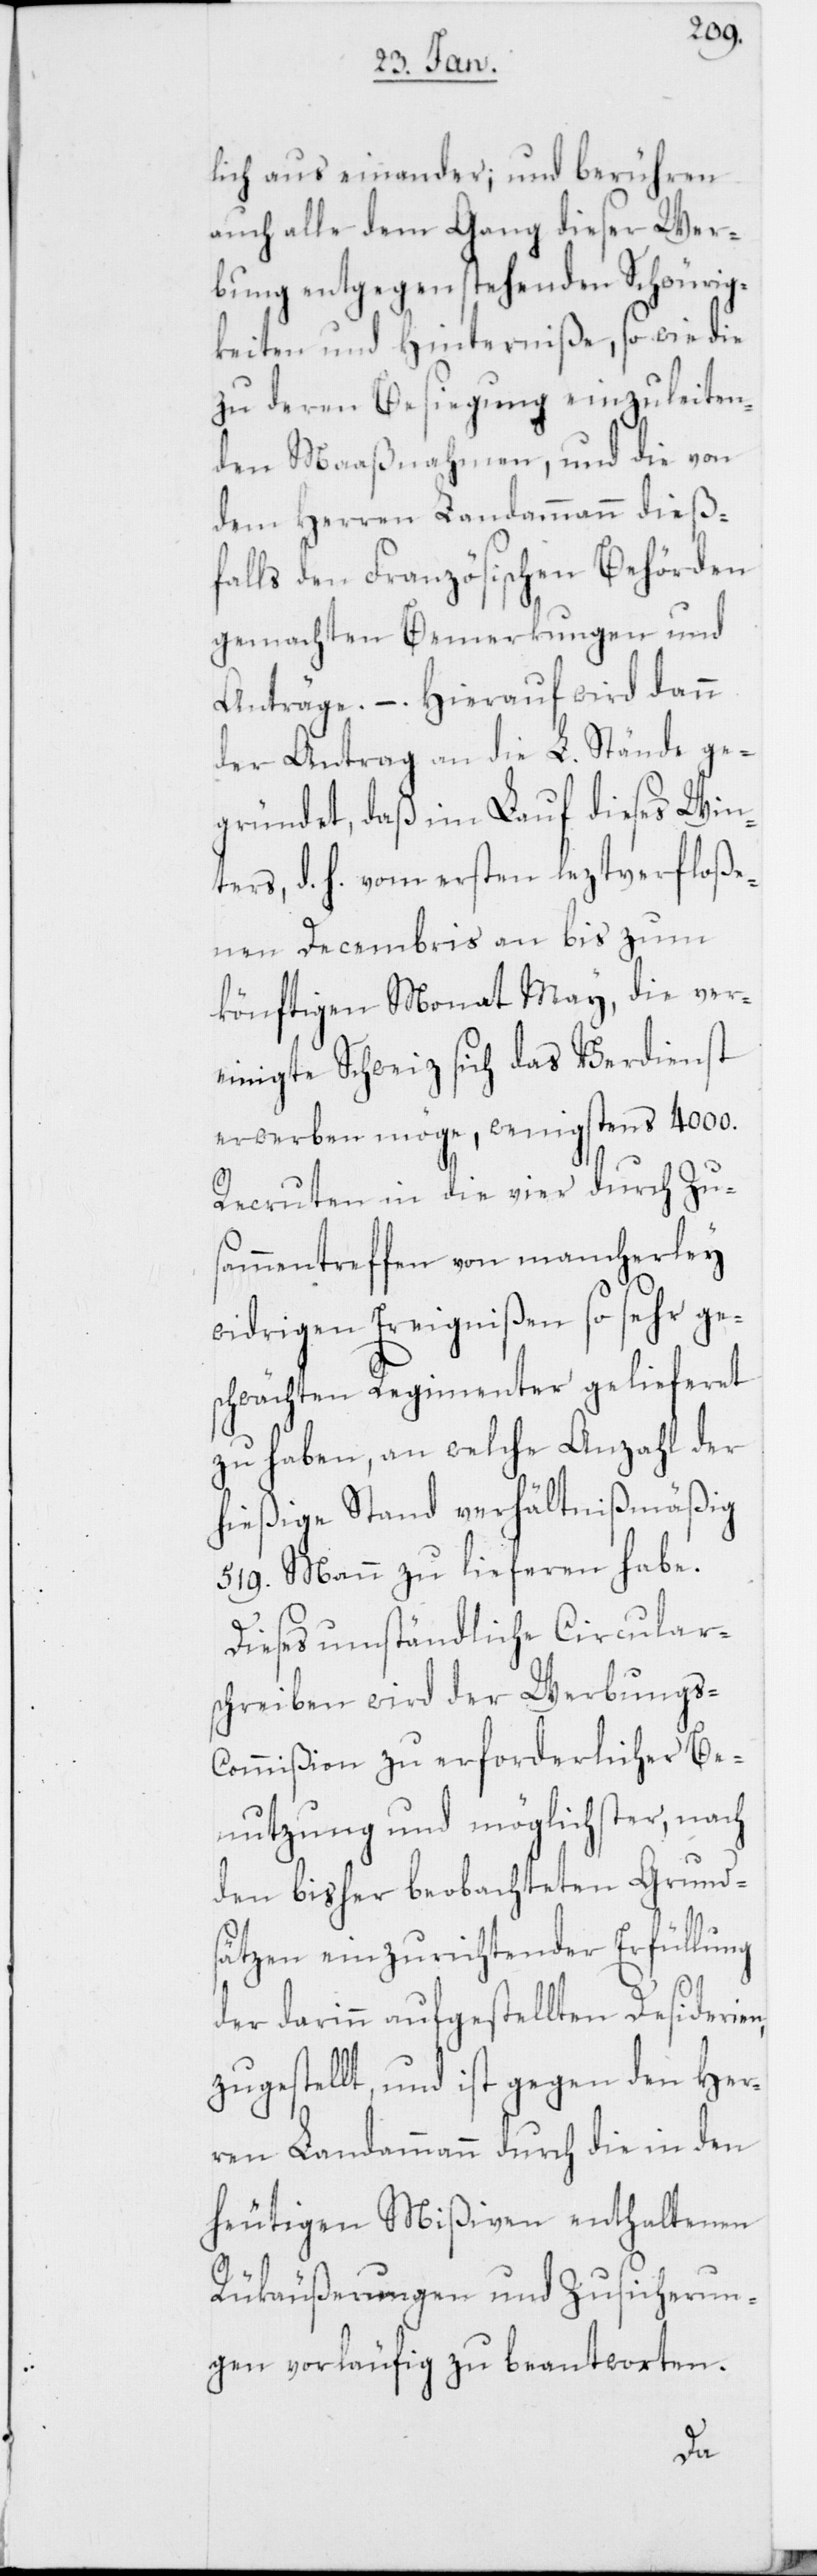
lich auseinander; und berühren
auch alle dem Gang dieser Wer¬
bung entgegenstehenden Schwürig¬
keiten und Hinterniße, so wie die
zu deren Besiegung einzuleiten¬
den Maaßnahmen, und die von
dem Herren Landammann dieß¬
falls den Französischen Behörden
gemachten Bemerkungen und
Anträge. – Hierauf wird dann
der Antrag an die L. Stände ge¬
gründet, daß im Lauf dieses Win¬
ters, d. h. vom ersten leztverfloße¬
nen Decembris an bis zum
könftigen Monat May, die ver¬
einigte Schweiz sich das Verdienst
erwerben möge, wenigstens 4000.
Recruten in die vier durch Zu¬
sammentreffen von mancherley
widrigen Ereignißen so sehr ge¬
schwächten Regimenter gelieferet
zu haben, an welche Anzahl der
hießige Stand verhältnißmäßig
519. Mann zu lieferen habe.
Dieses umständliche Circular¬
schreiben wird der Werbungs-C¬
ommißion zu erforderlicher Be¬
nutzung und möglichster, nach
den bisher beobachteten Grunds¬
ätzen einzurichtender Erfüllung
der darinn aufgestellten Desiderien,
zugestellt, und ist gegen den Her¬
ren Landammann durch die in den
heutigen Mißiven enthaltenen
Rükäußerungen und Zusicherun¬
gen vorläufig zu beantworten.